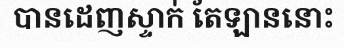
បានដេញស្ទាក់ តែឡាននោះ